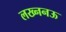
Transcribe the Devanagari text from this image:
लख्ननऊ